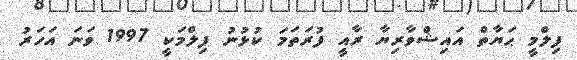
ފިލްމީ ޙަޔާތް އައިޝްވާރިޔާ ރާއީ ފުރަތަމަ ކުޅުނު ފިލްމަކީ 1997 ވަނަ އަހަރު